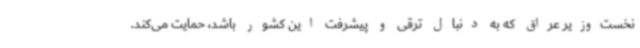
نخست‌وزیر عراق که به دنبال ترقی و پیشرفت این کشور باشد، حمایت می‌کند.